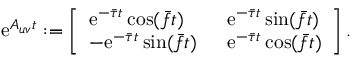
\begin{array} { r } { \mathrm { e } ^ { \boldsymbol { A } _ { u v } t } : = \left[ \begin{array} { l l } { \mathrm { e } ^ { - \bar { \tau } t } \cos ( \bar { f } t ) \; \; } & { \mathrm { e } ^ { - \bar { \tau } t } \sin ( \bar { f } t ) } \\ { - \mathrm { e } ^ { - \bar { \tau } t } \sin ( \bar { f } t ) \; \; } & { \mathrm { e } ^ { - \bar { \tau } t } \cos ( \bar { f } t ) } \end{array} \right] . } \end{array}